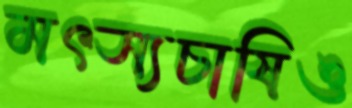
মৎস্যচাষিও